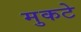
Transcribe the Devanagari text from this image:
मुकटे